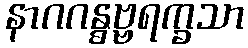
နာဂဂန္ဓဗ္ဗရက္ခသာ